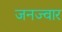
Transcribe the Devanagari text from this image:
जनज्वार